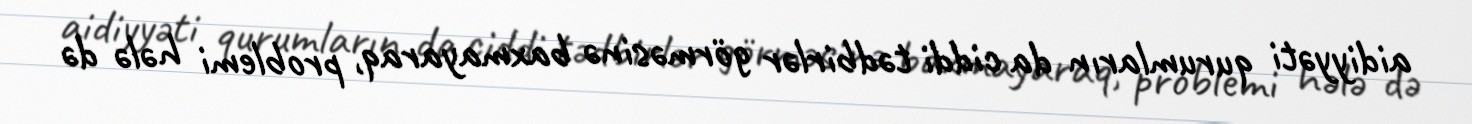
aidiyyəti qurumların da ciddi tədbirlər görməsinə baxmayaraq, problemi hələ də